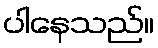
ပါနေသည်။